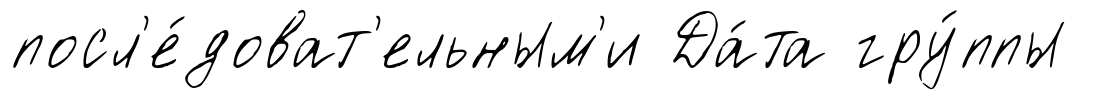
посл'е́доват'ельным'и Да́та гру́ппы